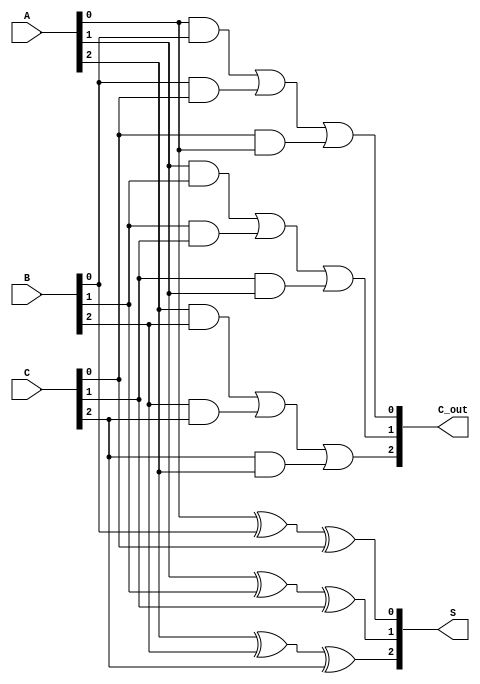
module CarrySaveAdder (
    input [2:0] A, // 3-bit input A
    input [2:0] B, // 3-bit input B
    input [2:0] C, // 3-bit input C
    output [2:0] S, // 3-bit sum output
    output [2:0] C_out // 3-bit carry output
);

    // Intermediate signals for sum and carry
    wire [2:0] sum;
    wire [2:0] carry;

    // Full Adder for bit position 0
    assign sum[0] = A[0] ^ B[0] ^ C[0]; // SUM = A0 XOR B0 XOR C0
    assign carry[0] = (A[0] & B[0]) | (B[0] & C[0]) | (C[0] & A[0]); // CARRY = (A0 AND B0) OR (B0 AND C0) OR (C0 AND A0)

    // Full Adder for bit position 1
    assign sum[1] = A[1] ^ B[1] ^ C[1]; // SUM = A1 XOR B1 XOR C1
    assign carry[1] = (A[1] & B[1]) | (B[1] & C[1]) | (C[1] & A[1]); // CARRY = (A1 AND B1) OR (B1 AND C1) OR (C1 AND A1)

    // Full Adder for bit position 2
    assign sum[2] = A[2] ^ B[2] ^ C[2]; // SUM = A2 XOR B2 XOR C2
    assign carry[2] = (A[2] & B[2]) | (B[2] & C[2]) | (C[2] & A[2]); // CARRY = (A2 AND B2) OR (B2 AND C2) OR (C2 AND A2)

    // Assign outputs
    assign S = sum; // Final sum output
    assign C_out = carry; // Final carry output

endmodule